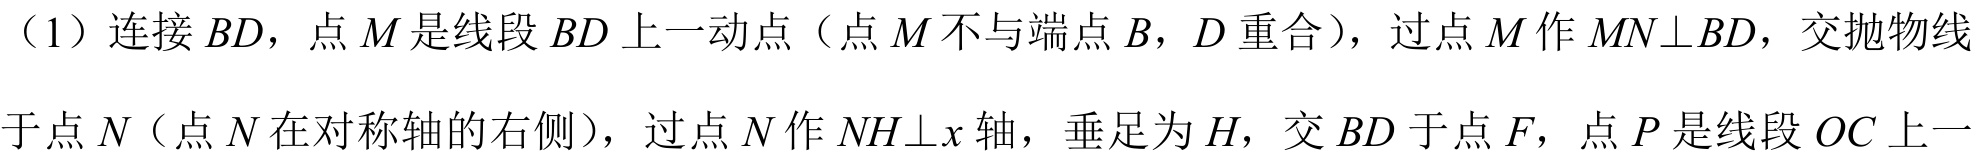
（1）连接 \(BD\)，点 \(M\) 是线段 \(BD\) 上一动点（点 \(M\) 不与端点 \(B\)，\(D\) 重合），过点 \(M\) 作 \(MN\perp BD\)，交抛物线
于点 \(N\)（点 \(N\) 在对称轴的右侧），过点 \(N\) 作 \(NH\perp x\) 轴，垂足为 \(H\)，交 \(BD\) 于点 \(F\)，点 \(P\) 是线段 \(OC\) 上一